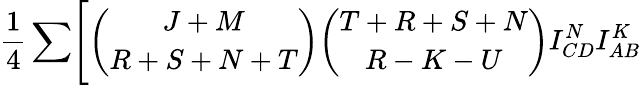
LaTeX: {\frac{1}{4}}\sum\Biggl[{\binom{J+M}{R+S+N+T}}{\binom{T+R+S+N}{R-K-U}}I_{CD}^{N}I_{AB}^{K}